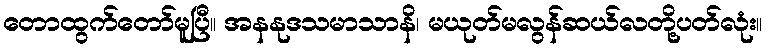
တောထွက်တော်မူပြီ။ အနနုဒသမာသာနိ၊ မယုတ်မလွန်ဆယ်လတို့ပတ်လုံး။